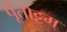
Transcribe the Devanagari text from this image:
पूंतोट्टम्